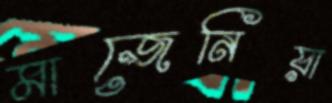
মাজেনিয়া